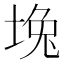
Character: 堍